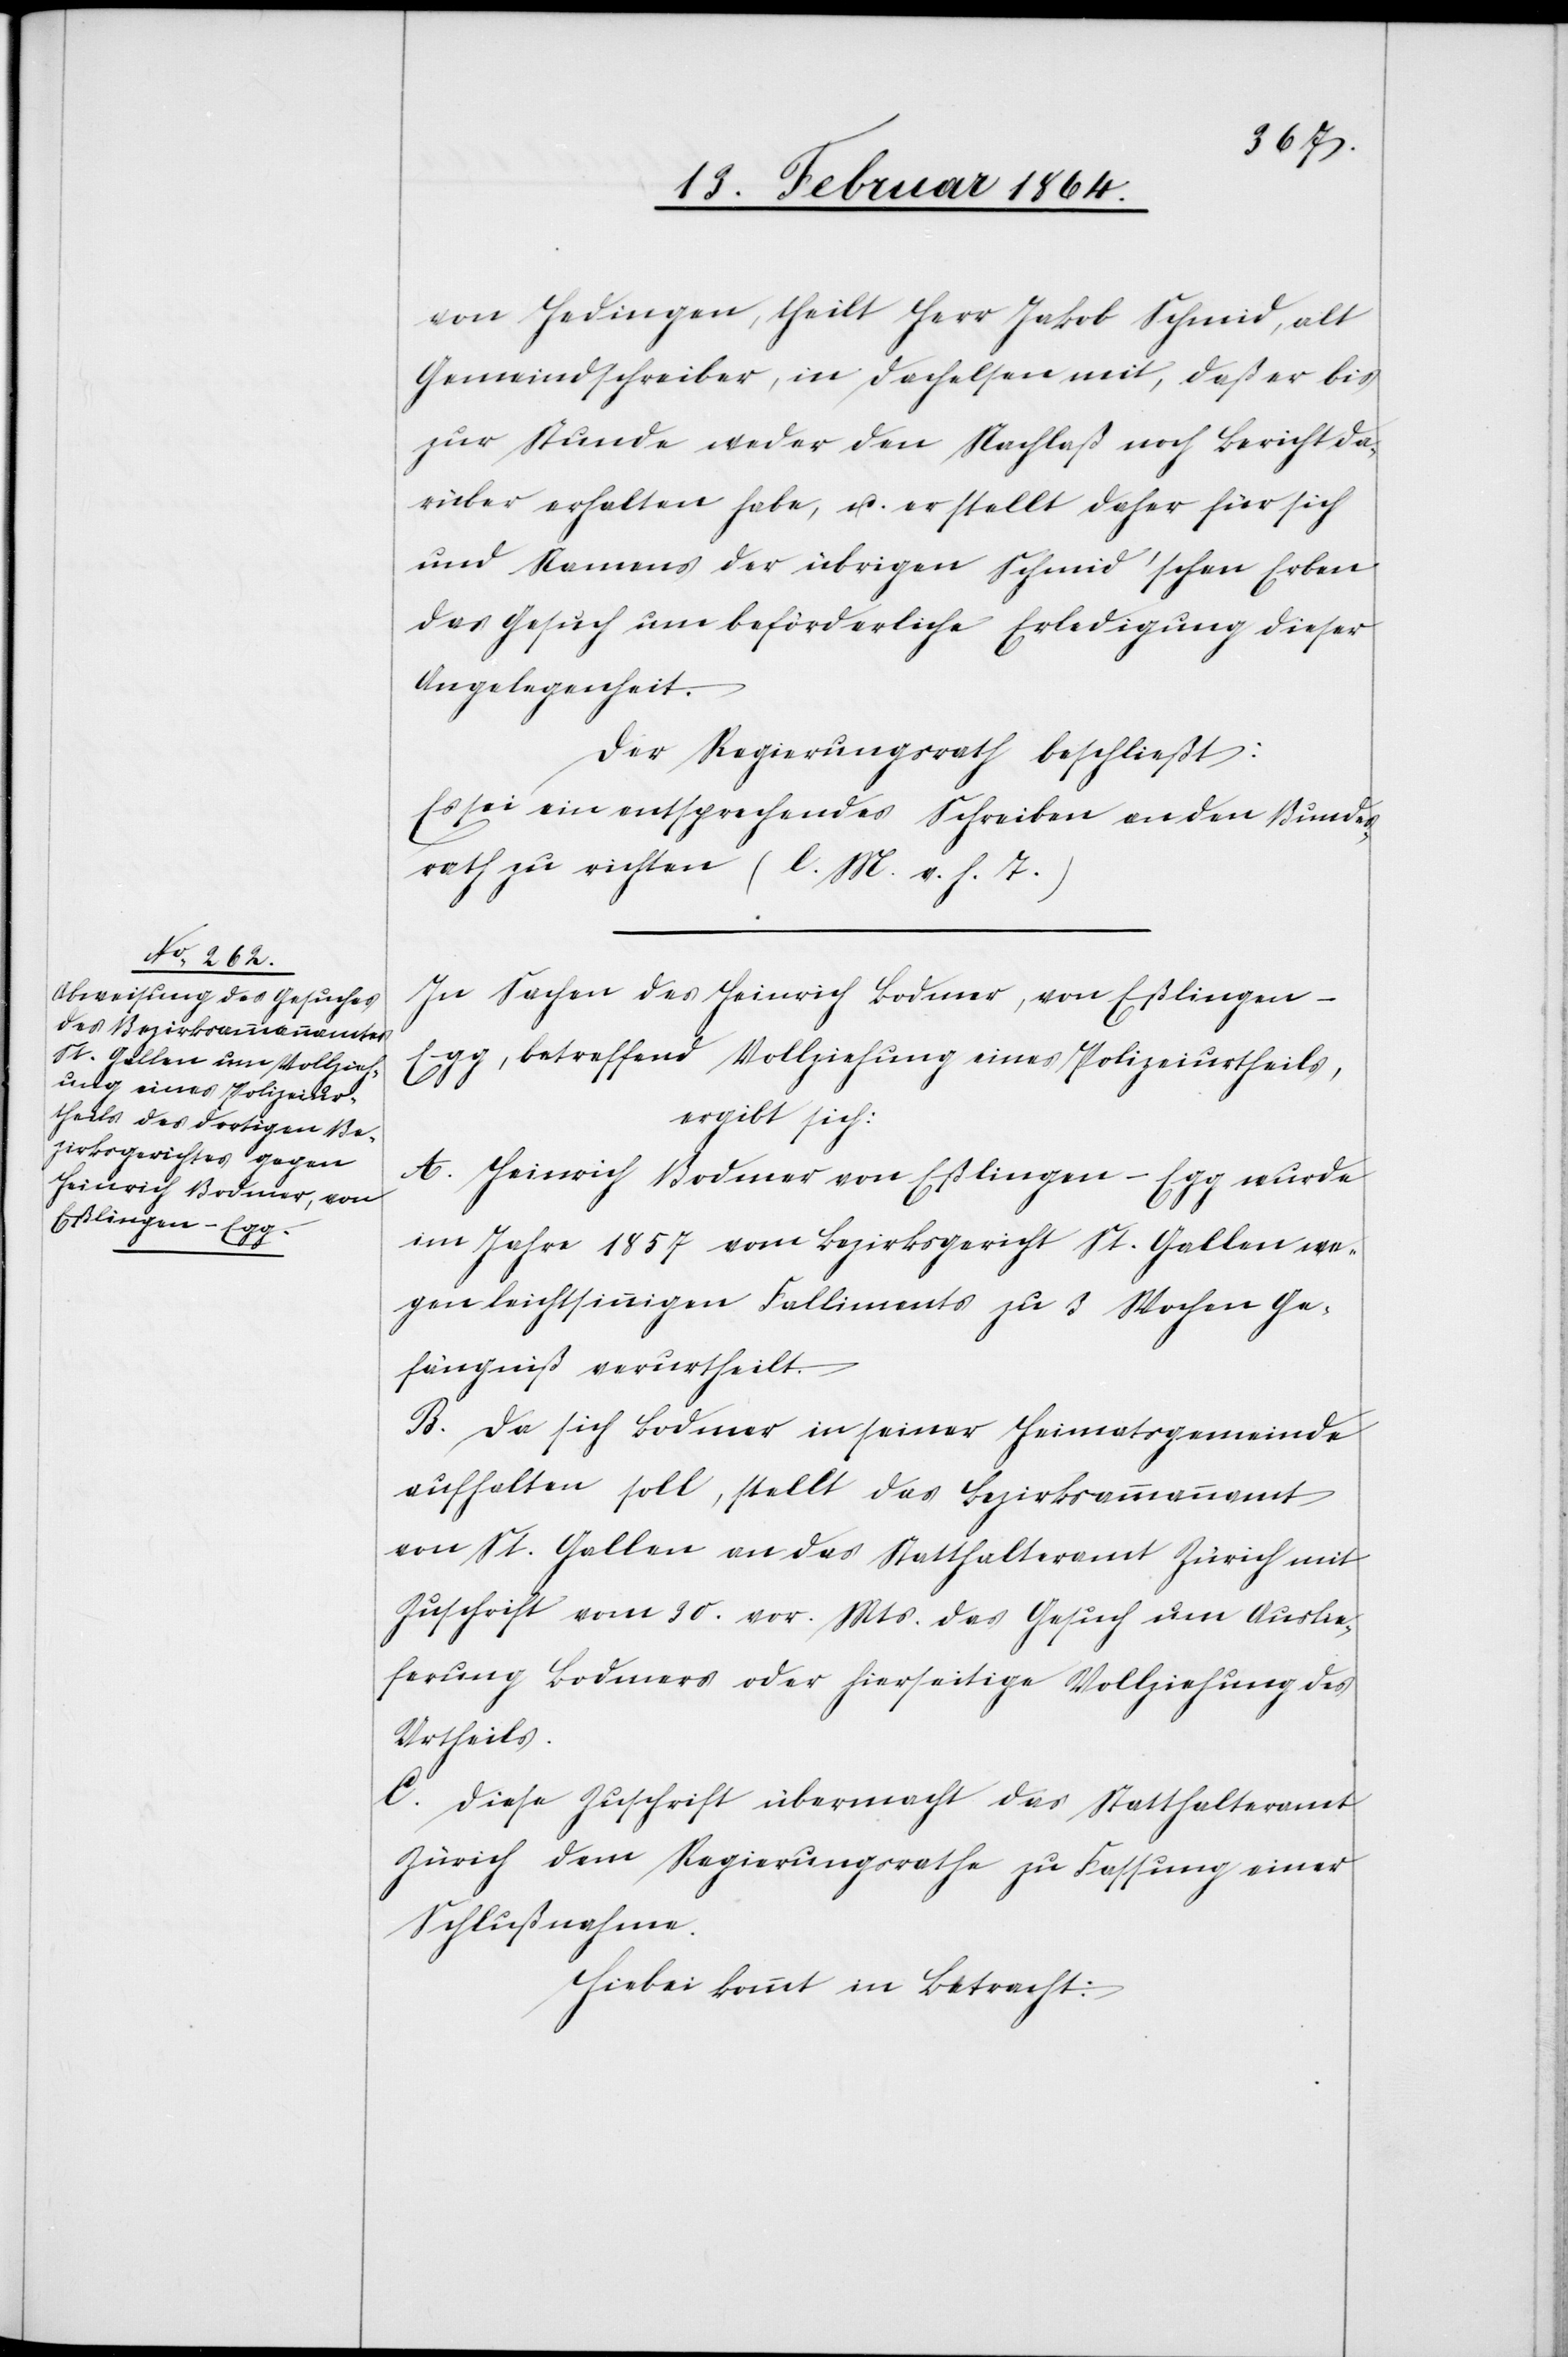
von Hedingen, theilt Herr Jakob Schmid, alt
Gemeindschreiber in Dachelsen mit, daß er bis
zur Stunde weder den Nachlaß noch Bericht da¬
rüber erhalten habe, u. er stellt daher für sich
und Namens der übrigen Schmid’schen Erben
das Gesuch um beförderliche Erledigung dieser
Angelegenheit.
Der Regierungsrath beschließt:
Es sei ein entsprechendes Schreiben an den Bundes¬
rath zu richten (l. M. v. h. T.)
In Sachen des Heinrich Bodmer, von Eßlingen-E¬
gg, betreffend Vollziehung eines Polizeiurtheils,
ergibt sich:
A. Heinrich Bodmer von Eßlingen-Egg wurde
im Jahr 1857 vom Bezirksgericht St. Gallen we¬
gen leichtsinnigen Falliments zu 3 Wochen Ge¬
fängniß verurtheilt.
B. Da sich Bodmer in seiner Heimatsgemeinde
aufhalten soll, stellt das Bezirksammannamt
von St. Gallen an das Statthalteramt Zürich mit
Zuschrift vom 30. vor. Mts. das Gesuch um Auslie¬
ferung Bodmers oder hierseitige Vollziehung des
Urtheils.
C. Diese Zuschrift übermacht das Statthalteramt
Zürich dem Regierungsrathe zu Fassung einer
Schlußnahme.
Hiebei kommt in Betracht: